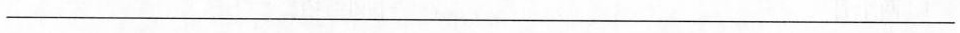
___